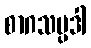
စာဂသမ္ပဒါ